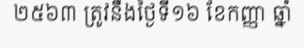
២៥៦៣ ត្រូវនឹងថ្ងៃទី១៦ ខែកញ្ញា ឆ្នាំ